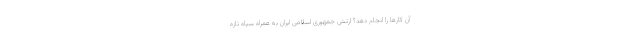
آن کارها را انجام دهد؟ ارتش جمهوری اسلامی ایران به همراه سپاه تازه